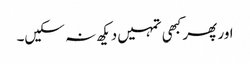
اور پھر کبھی تمہیں دیکھ نہ سکیں۔